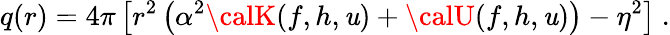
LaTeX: q(r)=4\pi\left[r^{2}\left(\alpha^{2}{\calK}(f,h,\mathit{u})+{\calU}(f,h,\mathit{u})\right)-\eta^{2}\right]\ .